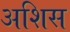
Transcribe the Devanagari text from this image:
अशिस